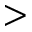
>